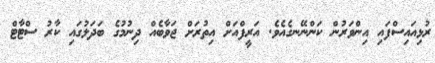
ރުޅިއައިސްފައި އިންވަރުން ކަންނޭނގެއެވެ. އަރީފްއަށް އިތުރަށް ޖަވާބެއް ދިނުމުގެ ބަދަލުގައި ކާރު ސްޓާޓް